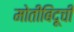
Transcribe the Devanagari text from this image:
मोतीबिंदूची